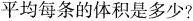
平均每条的体积是多少?